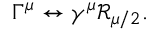
\Gamma ^ { \mu } \leftrightarrow \gamma ^ { \mu } \mathcal { R } _ { \mu / 2 } .